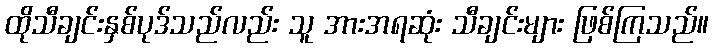
ထိုသီချင်းနှစ်ပုဒ်သည်လည်း သူ အားအရဆုံး သီချင်းများ ဖြစ်ကြသည်။